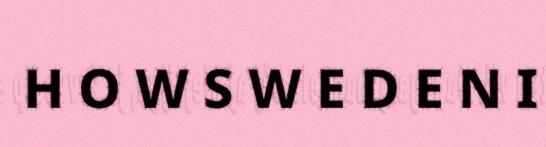
H O W S W E D E N I